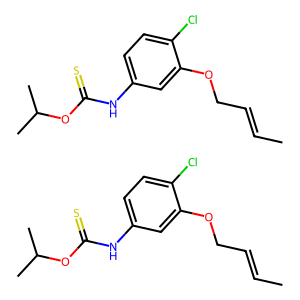
SMILES: CC=CCOc1cc(NC(=S)OC(C)C)ccc1Cl.CC=CCOc1cc(NC(=S)OC(C)C)ccc1Cl
Inhibits HIV replication: Yes